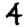
Digit: 4